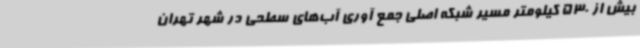
بیش از 530 کیلومتر مسیر شبکه اصلی جمع آوری آب‌های سطحی در شهر تهران